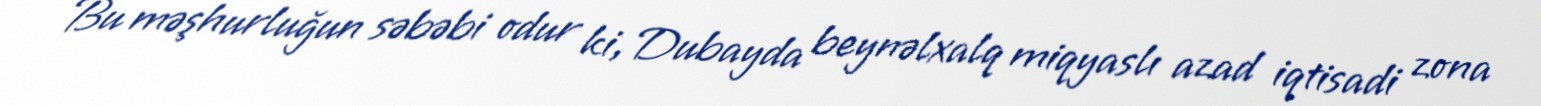
Bu məşhurluğun səbəbi odur ki, Dubayda beynəlxalq miqyaslı azad iqtisadi zona